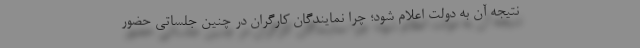
نتیجه آن به دولت اعلام شود؛ چرا نمایندگان کارگران در چنین جلساتی حضور